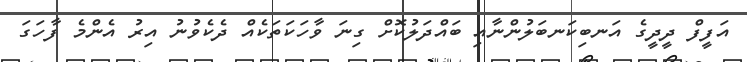
އަފީފް ދީދީގެ އަނބިކަނބަލުންނާއި ބައްދަލުކޮށް ގިނަ ވާހަކަތަކެއް ދެކެވުނު އިރު އެންމެ ފާހަގަ